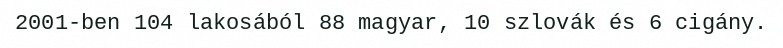
2001-ben 104 lakosából 88 magyar, 10 szlovák és 6 cigány.